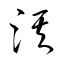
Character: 淇